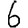
Digit: 6